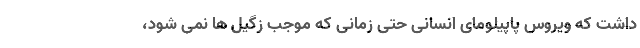
داشت که ویروس پاپیلومای انسانی حتی زمانی که موجب زگیل ها نمی شود،